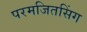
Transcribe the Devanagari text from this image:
परमजितसिंग